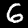
Digit: 6